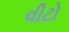
વીટો